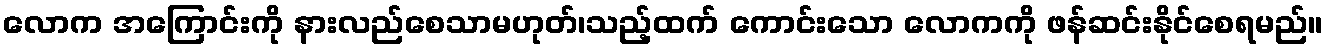
လောက အကြောင်းကို နားလည်စေသာမဟုတ်၊သည့်ထက် ကောင်းသော လောကကို ဖန်ဆင်းနိုင်စေရမည်။